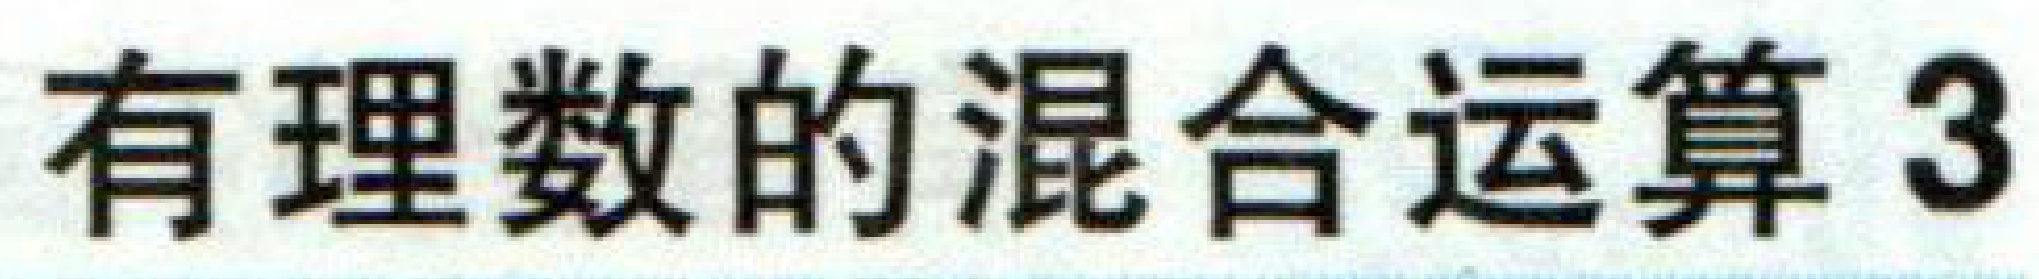
有理数的混合运算 3